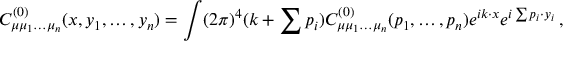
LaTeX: C _ { \mu \mu _ { 1 } \ldots \mu _ { n } } ^ { ( 0 ) } ( x , y _ { 1 } , \ldots , y _ { n } ) = \int ( 2 \pi ) ^ { 4 } \d ( k + \sum p _ { i } ) C _ { \mu \mu _ { 1 } \ldots \mu _ { n } } ^ { ( 0 ) } ( p _ { 1 } , \ldots , p _ { n } ) e ^ { i k \cdot x } e ^ { i \sum p _ { i } \cdot y _ { i } } \, ,